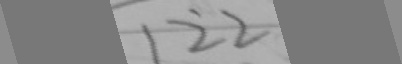
\overline { 1 2 2 }